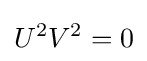
U^{2}V^{2}=0